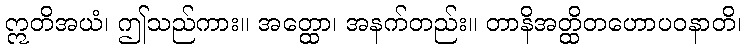
ဣတိအယံ၊ ဤသည်ကား။ အတ္ထော၊ အနက်တည်း။ တာနိအတ္ထိတဟောပဝနာတိ၊